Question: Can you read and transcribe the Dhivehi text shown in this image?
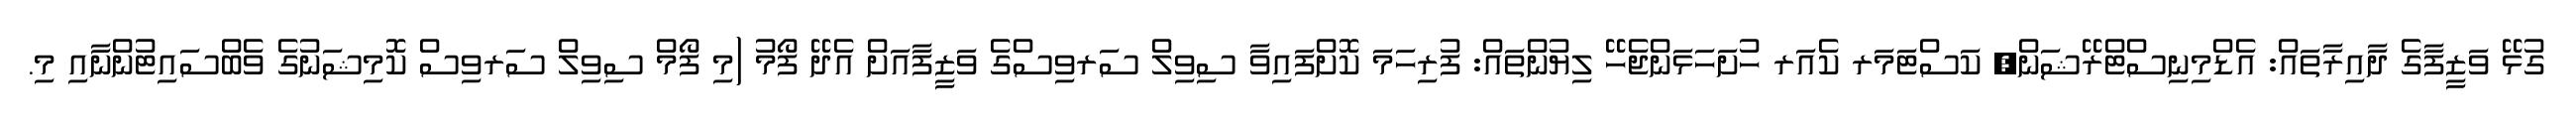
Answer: ގުޅޭ ވަޒީފާގެ ދާއިރާތައް: އެޑްމިނިސްޓްރޭޝަން, ކަސްޓަމަރ ކެއަރ ހުށަހަޅަންޖެހޭ ލިޔުންތައް: ފުރިހަމަ ކޮށްފައިވާ ސިވިލް ސަރވިސްގެ ވަޒީފާއަށް އެދޭ ފޯމު (މި ފޯމް ސިވިލް ސަރވިސް ކޮމިޝަނުގެ ވެބްސައިޓުންނާއި މި.